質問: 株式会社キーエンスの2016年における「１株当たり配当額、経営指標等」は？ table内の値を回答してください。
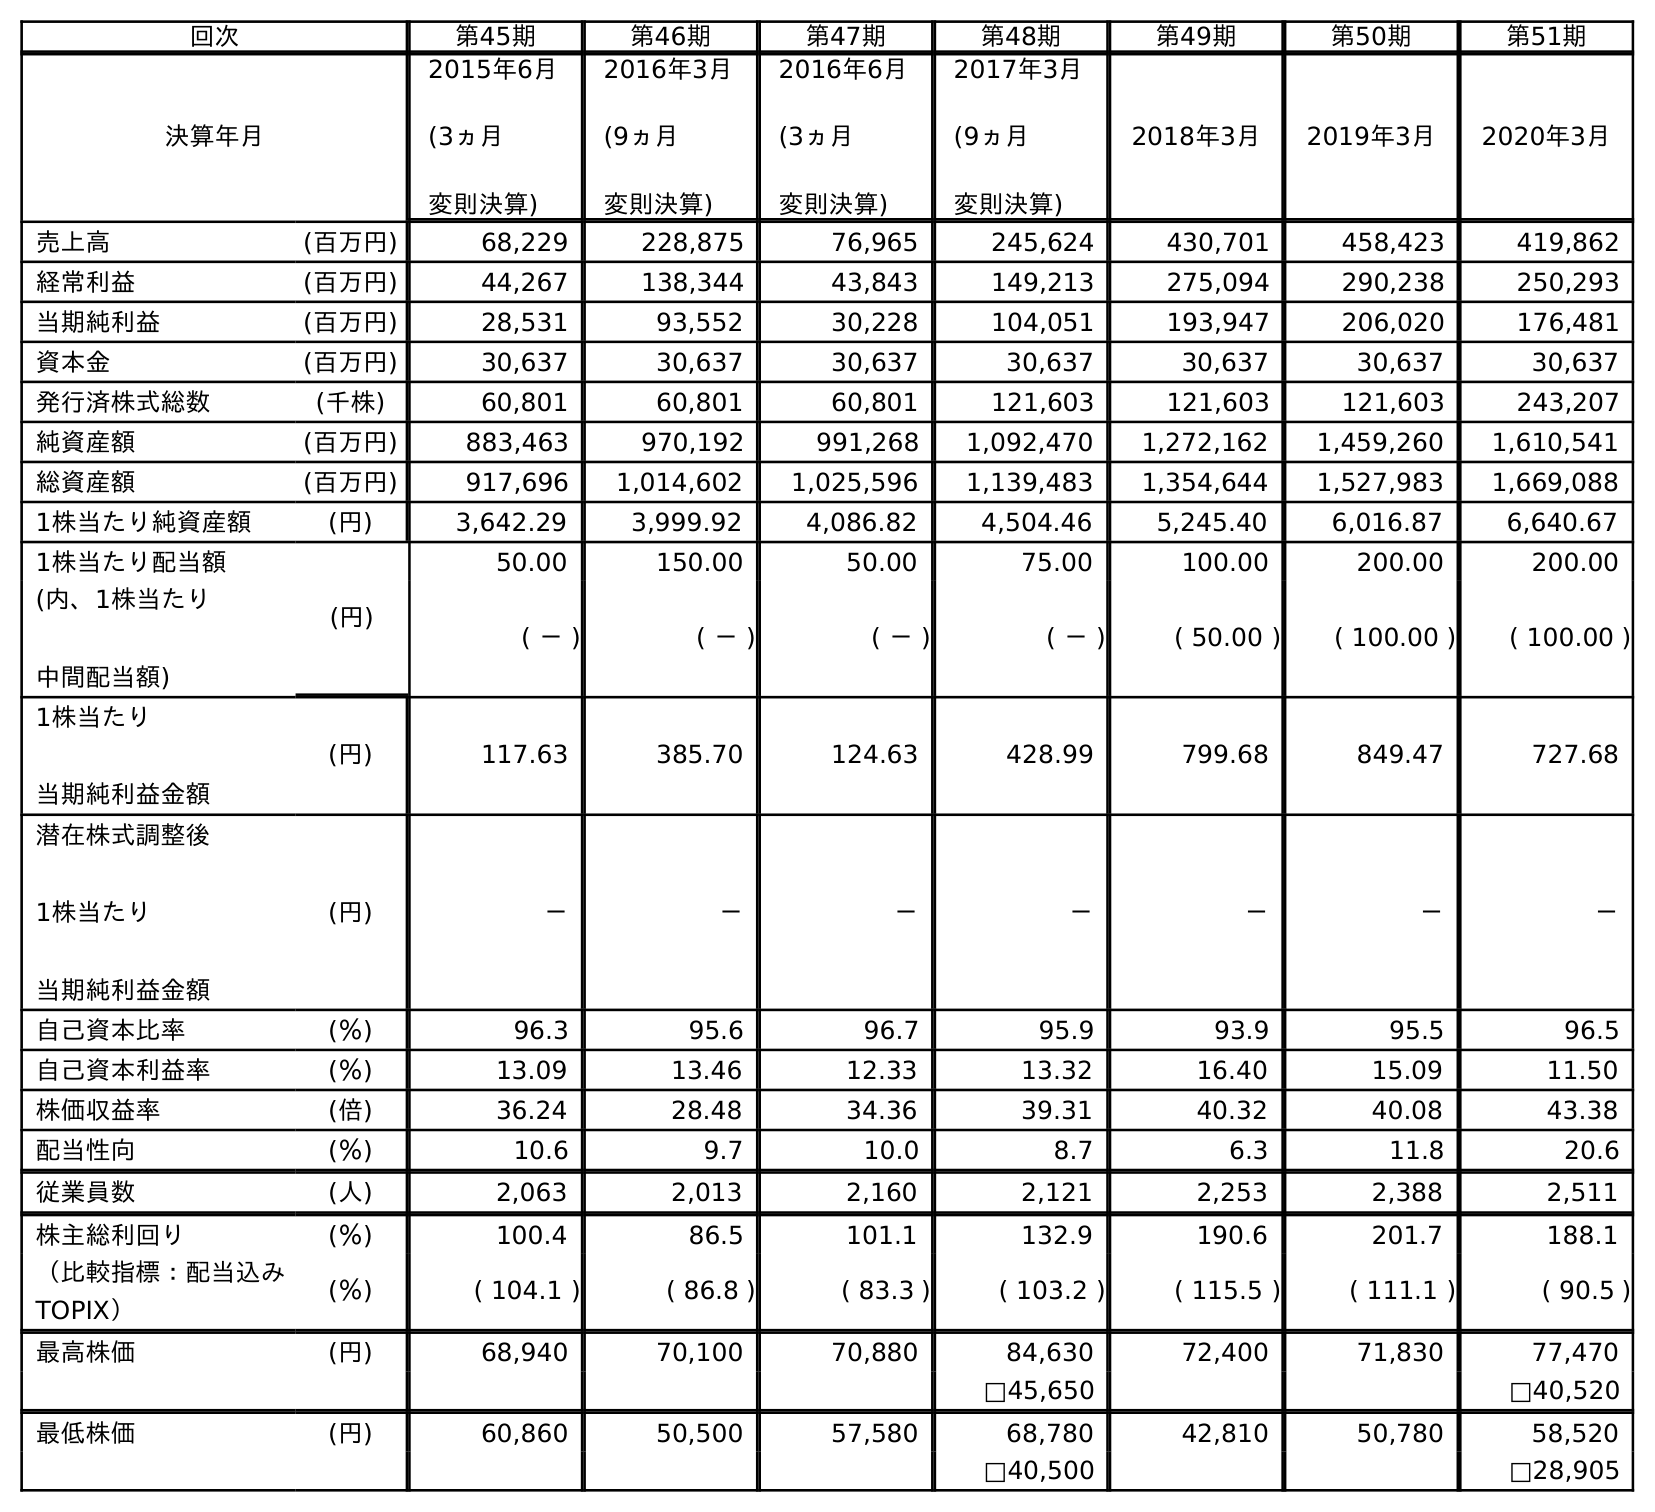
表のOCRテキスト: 回次 第45期 第46期 第47期 第48期 第49期 第50期 第51期 決算年月 2015年6月 (3ヵ月 変則決算) 2016年3月 (9ヵ月 変則決算) 2016年6月 (3ヵ月 変則決算) 2017年3月 (9ヵ月 変則決算) 2018年3月 2019年3月 2020年3月 売上高 (百万円) 68,229 228,875 76,965 245,624 430,701 458,423 419,862 経常利益 (百万円) 44,267 138,344 43,843 149,213 275,094 290,238 250,293 当期純利益 (百万円) 28,531 93,552 30,228 104,051 193,947 206,020 176,481 資本金 (百万円) 30,637 30,637 30,637 30,637 30,637 30,637 30,637 発行済株式総数 (千株) 60,801 60,801 60,801 121,603 121,603 121,603 243,207 純資産額 (百万円) 883,463 970,192 991,268 1,092,470 1,272,162 1,459,260 1,610,541 総資産額 (百万円) 917,696 1,014,602 1,025,596 1,139,483 1,354,644 1,527,983 1,669,088 1株当たり純資産額 (円) 3,642.29 3,999.92 4,086.82 4,504.46 5,245.40 6,016.87 6,640.67 1株当たり配当額 (円) 50.00 150.00 50.00 75.00 100.00 200.00 200.00 (内、1株当たり 中間配当額) ( － ) ( － ) ( － ) ( － ) ( 50.00 ) ( 100.00 ) ( 100.00 ) 1株当たり 当期純利益金額 (円) 117.63 385.70 124.63 428.99 799.68 849.47 727.68 潜在株式調整後 1株当たり 当期純利益金額 (円) － － － － － － － 自己資本比率 (％) 96.3 95.6 96.7 95.9 93.9 95.5 96.5 自己資本利益率 (％) 13.09 13.46 12.33 13.32 16.40 15.09 11.50 株価収益率 (倍) 36.24 28.48 34.36 39.31 40.32 40.08 43.38 配当性向 (％) 10.6 9.7 10.0 8.7 6.3 11.8 20.6 従業員数 (人) 2,063 2,013 2,160 2,121 2,253 2,388 2,511 株主総利回り (％) 100.4 86.5 101.1 132.9 190.6 201.7 188.1 （比較指標：配当込み TOPIX） (％) ( 104.1 ) ( 86.8 ) ( 83.3 ) ( 103.2 ) ( 115.5 ) ( 111.1 ) ( 90.5 ) 最高株価 (円) 68,940 70,100 70,880 84,630 72,400 71,830 77,470 □45,650 □40,520 最低株価 (円) 60,860 50,500 57,580 68,780 42,810 50,780 58,520 □40,500 □28,905
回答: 50.00